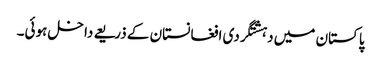
پاکستان میں دہشتگردی افغانستان کے ذریعے داخل ہوئی۔